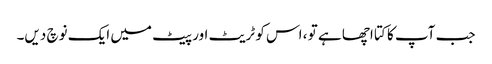
جب آپ کا کتا اچھا ہے تو ، اس کو ٹریٹ اور پیٹ میں ایک نوچ دیں۔